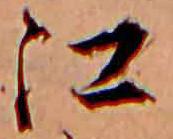
江